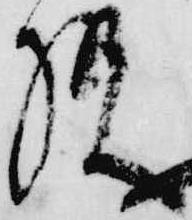
様